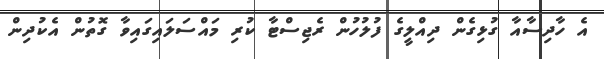
އެ ހާދިސާއާ ގުޅިގެން ދިއްލީގެ ފުލުހުން ރެޖިސްޓާ ކުރި މައްސަލައިގައިވާ ގޮތުން އެކުދިން